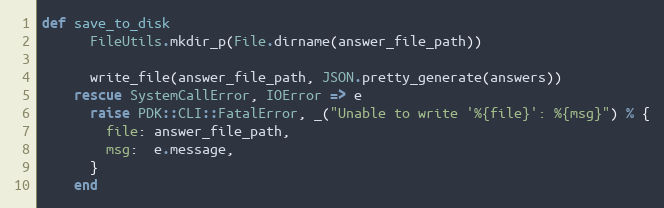
Language: Ruby
def save_to_disk
      FileUtils.mkdir_p(File.dirname(answer_file_path))

      write_file(answer_file_path, JSON.pretty_generate(answers))
    rescue SystemCallError, IOError => e
      raise PDK::CLI::FatalError, _("Unable to write '%{file}': %{msg}") % {
        file: answer_file_path,
        msg:  e.message,
      }
    end